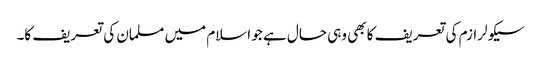
سیکولرازم کی تعریف کا بھی وہی حال ہے جو اسلام میں مسلمان کی تعریف کا۔